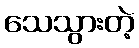
သေသွားတဲ့